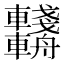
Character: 𨏺